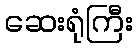
ဆေးရုံကြီး